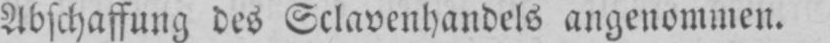
Abschaffung des Sclavenhandels angenommen.